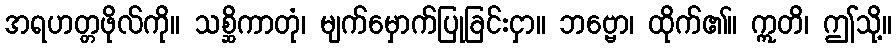
အရဟတ္တဖိုလ်ကို။ သစ္ဆိကာတုံ၊ မျက်မှောက်ပြုခြင်းငှာ။ ဘဗ္ဗော၊ ထိုက်၏။ ဣတိ၊ ဤသို့။